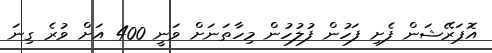
އޮޕަރޭޝަން ފެށި ފަހުން ފުލުހުން މިހާތަނަށް ވަނީ 400 އަށް ވުރެ ގިނަ